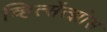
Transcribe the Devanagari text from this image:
व्हित्सेंत्झोस